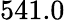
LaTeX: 541.0